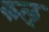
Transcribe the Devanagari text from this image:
कल्‌